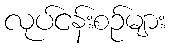
လုပ်ငန်းစဉ်များ